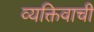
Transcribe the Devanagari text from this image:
व्यक्तिवाची